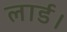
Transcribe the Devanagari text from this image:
लार्ड।